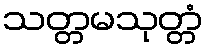
သတ္တမသုတ္တံ